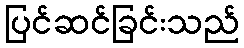
ပြင်ဆင်ခြင်းသည်